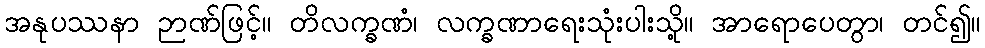
အနုပဿနာ ဉာဏ်ဖြင့်။ တိလက္ခဏံ၊ လက္ခဏာရေးသုံးပါးသို့။ အာရောပေတွာ၊ တင်၍။